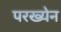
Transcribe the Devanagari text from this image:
परख्येन